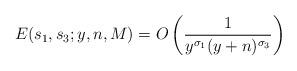
LaTeX: \begin{align*}E(s_1,s_3;y,n,M) = O \left( \frac{1}{y^{\sigma_1}(y+n)^{\sigma_3}} \right)\end{align*}